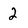
Character: 2